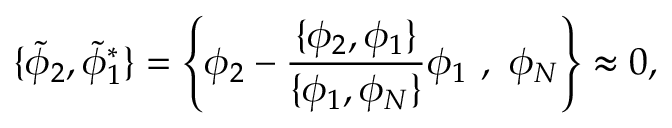
\{ { \tilde { \phi } _ { 2 } } , { \tilde { \phi } _ { 1 } ^ { * } } \} = \left\{ \phi _ { 2 } - \frac { \{ \phi _ { 2 } , \phi _ { 1 } \} } { \{ \phi _ { 1 } , \phi _ { N } \} } \phi _ { 1 } \ , \ \phi _ { N } \right\} \approx 0 ,